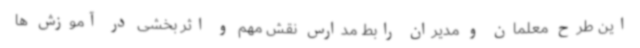
این طرح معلمان و مدیران رابط مدارس نقش مهم و اثر بخشی در آموزش ها